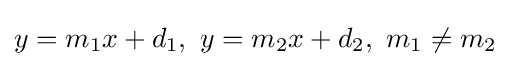
y=m_{1}x+d_{1},\ y=m_{2}x+d_{2},\ m_{1}\neq m_{2}